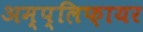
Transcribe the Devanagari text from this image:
अम्प्लिफ़ायर